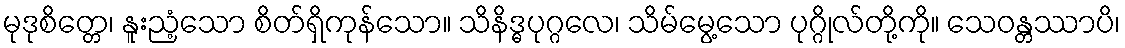
မုဒုစိတ္တေ၊ နူးညံ့သော စိတ်ရှိကုန်သော။ သိနိဒ္ဓပုဂ္ဂလေ၊ သိမ်မွေ့သော ပုဂ္ဂိုလ်တို့ကို။ သေဝန္တဿာပိ၊